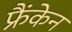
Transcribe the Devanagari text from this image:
फ्रैंकेन